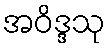
အဝိဒ္ဒသု